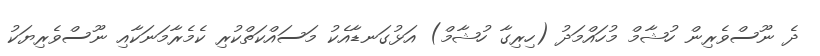
ދެ ނޫސްވެރިން ހުޝާމް މުހައްމަދު (ހިރިގާ ހުޝާމް) އަޅުގަނޑާއެކު މަސައްކަތްކުރި ކެމެރާމަނަކާއި ނޫސްވެރިޔަކު